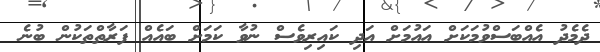
ދެމެދު އެއްބަސްވުމަކަށް އައުމަށް އަދި ކައިރިވެސް ނުވާ ކަމަށް ބައެއް ފަރާތްތަކުން ބުނެ